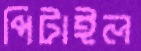
পিটাইল